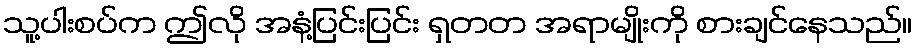
သူ့ပါးစပ်က ဤလို အနံ့ပြင်းပြင်း ရှတတ အရာမျိုးကို စားချင်နေသည်။